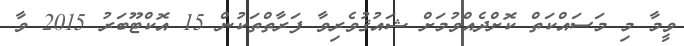
ވީމާ މި މަސައްކަތް ކޮށްދެއްވުމަށް ޝައުޤުވެރިވާ ފަރާތްތަކުން 15 އޮކްޓޫބަރު 2015 ވާ